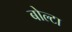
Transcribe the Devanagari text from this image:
बोल्टा